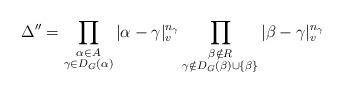
LaTeX: \begin{align*} \Delta'' = \prod_{\substack{\alpha\in A\\ \gamma\in D_G(\alpha)}} |\alpha-\gamma|_v^{n_\gamma} \prod_{\substack{\beta\notin R\\ \gamma\notin D_G(\beta)\cup\{\beta\}}} |\beta-\gamma|_v^{n_\gamma}\end{align*}